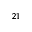
^ { 2 1 }